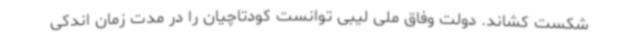
شکست کشاند. دولت وفاق ملی لیبی توانست کودتاچیان را در مدت زمان اندکی